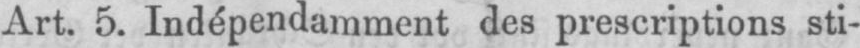
Art. 5. Indépendamment des prescriptions sti-